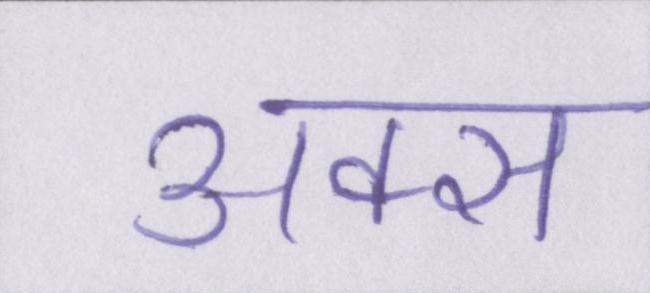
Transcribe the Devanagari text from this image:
अक्स